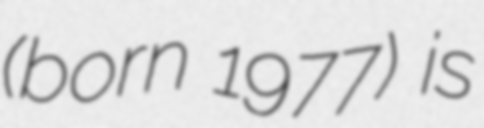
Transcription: (born 1977) is